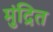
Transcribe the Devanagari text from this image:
मुंद्रित